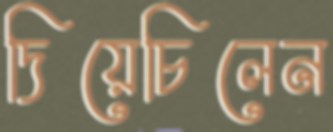
দিয়েচিলেন